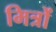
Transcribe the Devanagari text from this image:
मित्रों